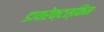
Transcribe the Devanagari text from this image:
डायरेक्टस्किन